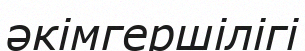
әкімгершілігі